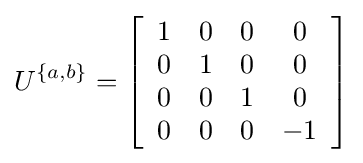
U^{\{a,b\}}=\left[{\begin{array}{cccc}{1}&{0}&{0}&{0}\\{0}&{1}&{0}&{0}\\{0}&{0}&{1}&{0}\\{0}&{0}&{0}&{-1}\end{array}}\right]